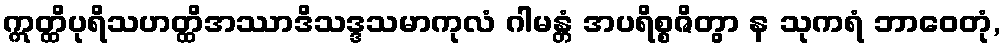
ဣတ္ထိပုရိသဟတ္ထိအဿာဒိသဒ္ဒသမာကုလံ ဂါမန္တံ အပရိစ္စဇိတွာ န သုကရံ ဘာဝေတုံ,